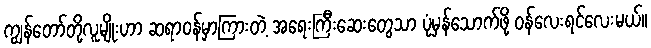
ကျွန်တော်တို့လူမျိုးဟာ ဆရာဝန်မှာကြားတဲ့ အရေးကြီးဆေးတွေသာ ပုံမှန်သောက်ဖို့ ဝန်လေးရင်လေးမယ်။